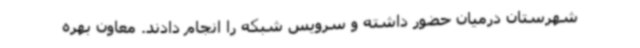
شهرستان درمیان حضور داشته و سرویس شبکه را انجام دادند. معاون بهره